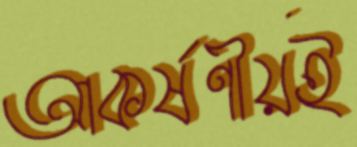
আকর্ষণীয়ই